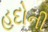
હદોની